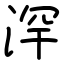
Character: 浫